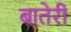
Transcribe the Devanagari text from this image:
बातेरी